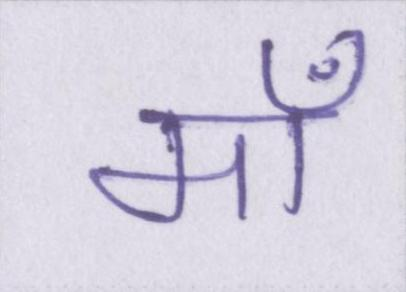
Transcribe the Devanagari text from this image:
माँ